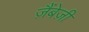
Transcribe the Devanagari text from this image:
ज़ैंबेज़ी